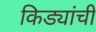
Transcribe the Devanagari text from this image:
किड्यांची